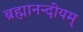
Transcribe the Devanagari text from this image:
ब्रह्मानन्दीयम्